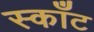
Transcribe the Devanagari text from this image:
स्काँट